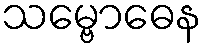
သမ္ဗောဓေန